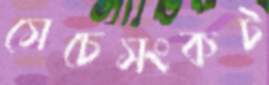
সেচেসংকট